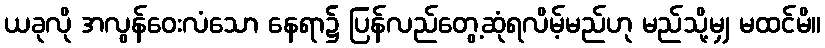
ယခုလို အလွန်ဝေးလံသော နေရာ၌ ပြန်လည်တွေ့ဆုံရလိမ့်မည်ဟု မည်သို့မျှ မထင်မိ။